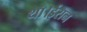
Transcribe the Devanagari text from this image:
था।ईरान